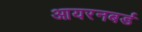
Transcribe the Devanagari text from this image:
आयरनबर्ड